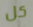
كل